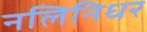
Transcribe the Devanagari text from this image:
नलिनिधर